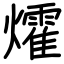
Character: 㸌